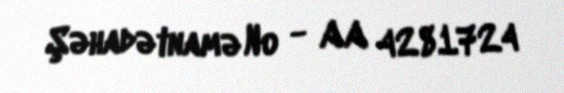
Şəhadətnamə № - AA 4281724